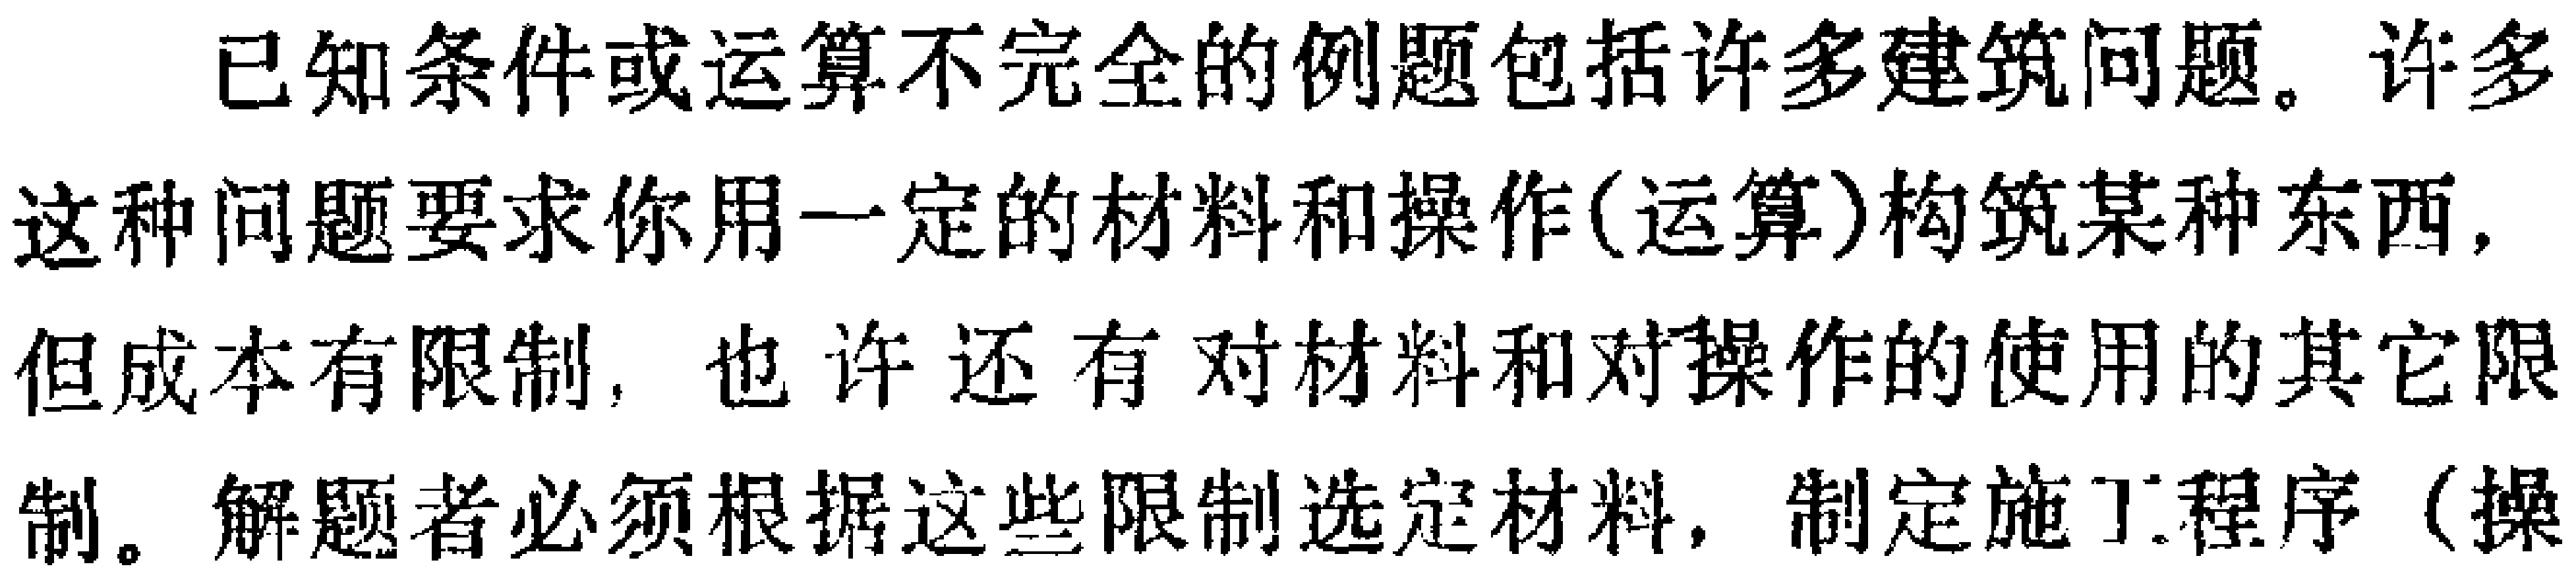
已知条件或运算不完全的例题包括许多建筑问题。许多这种问题要求你用一定的材料和操作(运算)构筑某种东西，但成本有限制，也许还有对材料和对操作的使用的其它限制。解题者必须根据这些限制选定材料，制定施工程序（操